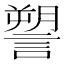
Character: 𧫋